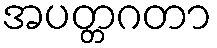
အပတ္တဂတာ